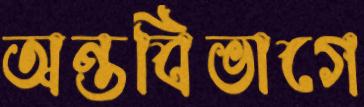
অন্তবিভাগে